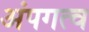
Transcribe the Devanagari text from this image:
अंपगत्व